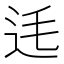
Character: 𨑺